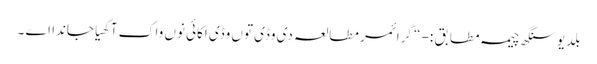
بلدیو سنگھ چیمہ مطابق :- “ گرائمر مطالعہ دی وڈی توں وڈی اکائی نوں واک آکھیا جاندا اے ۔